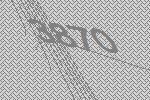
3870